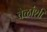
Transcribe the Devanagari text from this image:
वेळांशी